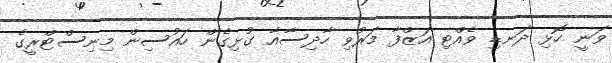
ވަނީ ހޮޅި ދަނޑި ވެއްޓި އަޒްފާ މަރުވި ހާދިސާއާ ގުޅިގެން ހައުސިން މިނިސްޓްރީގެ